Annual report on the health of the army in India
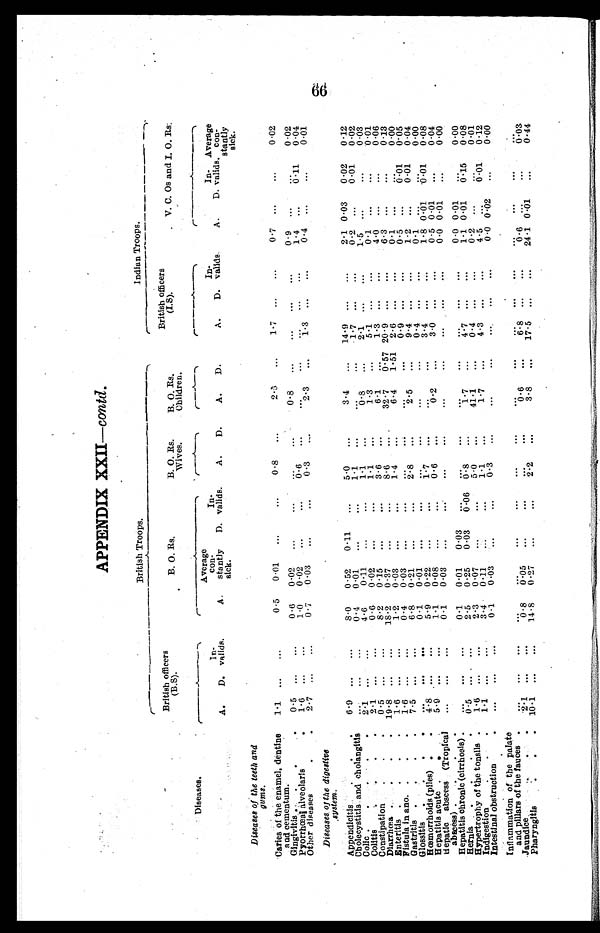
APPENDIX XXII -contd.
British Troops.
Indian Troops.
British officers
(B.S).
B. O. Rs.
B. O. Rs.
Wives.
B. O. Rs.
Children.
British officers
(I.S).
V. C. Os and I. O . Rs.
Diseases.
A.
D.
Invalid.
A.
Average
con
stantly
sick.
D.
In
valids.
A.
D.
A.
D.
A.
D.
Inveilds.
A.
D.
In
valids.
Average
con
stantly
sick.
Diseases of the teeth and
gums.
Caries of the enamel, dentine
and cementum.
1.1
...
...
0.5
0.01
...
...
0.8
...
2.5
...
1 . 7 ...
...
0.7
...
...
0.02
Gingivitis
0.5
...
...
0.6
0 . 0 2
... ... ... ...
0.8
...
...
...
...
0.9
...
...
0.02
Pyorrhœal alveolaris
1.6
...
...
1.0
0.02
...
...
0.6
...
. . . ...
...
...
1..4
...
0.11
0.04
Other diseases
2.7
. . .
...
0. 7
0.03
...
...
0.3
...
2.3
...
1.3
...
...
0.4
...
...
0.01
Diseases of the digestive
system.
•
Appendicitis
6.9
...
...
8.0
0.52
0.11
...
5.0
...
3.4
...
14.9
...
...
2.1 0 . 03
0.02
0.12
Cholecystitis and cholangitis
. . . ...
...
0.4
0.01
...
...
1.1
...
...
...
1.7
...
...
0.2
...
0.01
0.02
Colic
2.1
...
...
4.6
0.11
...
...
1.1
...
0.8
...
2 . 1
. . .
...
1.5
...
...
0.03
Colitis
.2.1..
. . .
...
0. 6
0. 02
...
...
1 . 1
...
1.3
...
5.1
...
...
0.1
...
...
0.01
Constipation
0.5
.. ..
...
8.2
0.15
...
...
3.6
...
6.1
...
1.3
. . .
...
4.0
...
...
0.06
Diarrhœa
19.8
...
...
18.2
0. 37
...
...
8.6
...
32.7
0.57 20.9
.
. .
...
6.3
...
...
0.13
Enteritis
1. 6
...
...
1.2
0.03
...
...
1.4
...
6.4
1.51
2.6
...
...
0.1
...
...
0.00
Fistula in ano
1.6
...
...
0. 4
0. 03
...
..
...
...
. . . ...
0.9
...
...
0.5
...
0.01
0.05
Gastritis
7.5
...
...
6. 8
0.21
...
...
2.8
...
2 . 5 ...
9.4
...
...
1 . 2 ...
0.01
0.0 4
Glossitis
...
...
. . .
0 . 1
0. 01
...
...
...
...
...
...
0.4
...
...
0.1
...
...
0.00
Hœmorrhoids (piles)
4.8
...
...
5.9
0.22
...
...
1.7
...
...
...
3.4
...
...
1 8
0 . 0
0 . 0 1 0.08
Hepatitis acute
5.9
...
...
1.1
0.08
...
...
0. 6
...
0.2
...
3.0
...
...
0.5 0 . 01
...
0.04
Hepatic abscess (Tropical
abscess)
...
...
...
0.1
0.03
...
...
...
...
...
...
...
...
...
0.0 0 . 01
...
0.00
Hepatitis chronic (cirrhosis)
...
...
...
0.1
0.01
0. 03
...
...
...
. . .
...
. . .
. . .
...
0.0 0.01
...
0.00
Hernia
0. 5
. . .
...
2.5
0. 25
0. 03
0.06 0.8
...
1.7
...
.4.7
...
...
1. 1 0.01
0. 15
0. 08
Hypertrophy of the tonsils
1. 6
...
...
2.3
0.07
...
...
5.0
...
41.1
...
0.4
...
...
0.2
...
...
0.01
Indigestion
1 1
. . .
...
3.4
0.11
...
...
1.1
...
1.7
...
4.3
. . .
...
4.5
...
0.01
0. 12
Intestinal obstruction
...
...
...
0.1
0.03
...
...
0.3
...
...
...
...
...
...
0.0 0.02
...
0.00
Inflammation of the palate
and pillars of the fauces
. . . . ...
...
. . .
. . . .
...
...
...
...
. . .
...
. . .
. . . ...
. . .
...
...
. . .
Jaundice
2.1
...
...
0.8
0.05
...
...
...
...
0 . 6
...
6.8
. . .
...
0 . 6
. . .
...
0.03
Pharyngitis
10.1
...
...
14.8
0.27
...
...
2.2
...
3.8
...
17.5
...
...
24.1 0.01
...
0.44
66